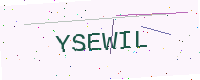
Text: YSEWIL